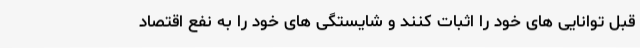
قبل توانایی های خود را اثبات کنند و شایستگی های خود را به نفع اقتصاد